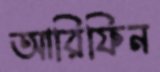
আরিফিন